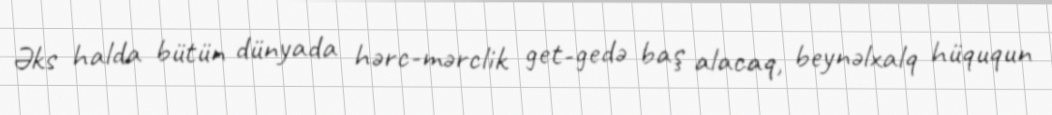
Əks halda bütün dünyada hərc-mərclik get-gedə baş alacaq, beynəlxalq hüququn